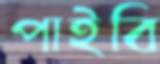
পাইবি